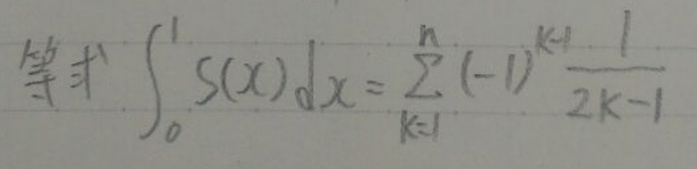
 等号$ \int_{0}^{1} s(x) \mathrm{d}x = \sum_{k = 1}^{n} (-1)^{k - 1} \frac{1}{2k - 1} $